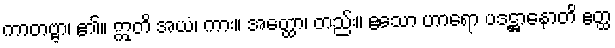
ကာတဗ္ဗာ၊ ၏။ ဣတိ အယံ၊ ကား။ အတ္ထော၊ တည်း။ ဧသော ဟာရော ပဒဋ္ဌာနောတိ ဧတ္ထ